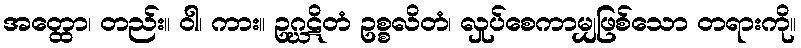
အတ္ထော၊ တည်း။ ဝါ၊ ကား။ ဥဂ္ဃဋိတံ ဥစ္စလိတံ၊ လှုပ်စေကာမျှဖြစ်သော တရားကို။